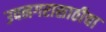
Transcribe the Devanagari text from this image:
उपनगरासाठीचा